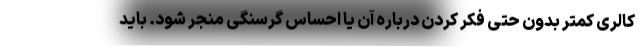
کالری کمتر بدون حتی فکر کردن درباره آن یا احساس گرسنگی منجر شود. باید